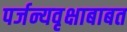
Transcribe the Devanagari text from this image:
पर्जन्यवृक्षाबाबत